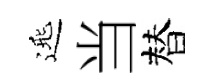
𨓱当替